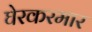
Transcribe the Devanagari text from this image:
घेरकरमार